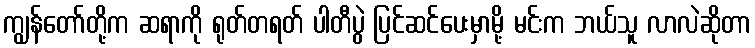
ကျွန်တော်တို့က ဆရာကို ရုတ်တရတ် ပါတီပွဲ ပြင်ဆင်ပေးမှာမို့ မင်းက ဘယ်သူ လာလဲဆိုတာ